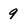
Character: 9